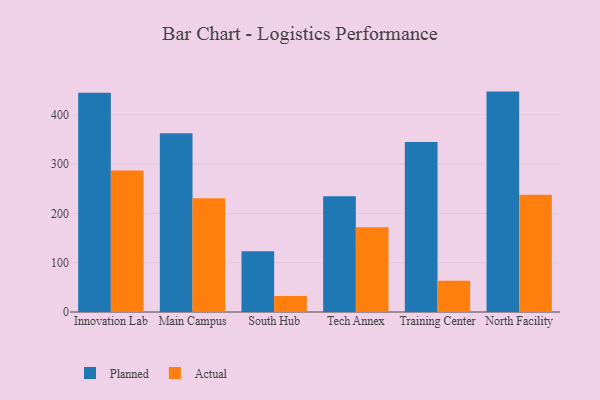
{"axis": {"x": "Campus", "y": "Bounce Rate (%)"}, "legend": ["Actual", "Planned"], "data": [{"x": "Innovation Lab", "y": 444.6, "type": "Planned"}, {"x": "Innovation Lab", "y": 287.0, "type": "Actual"}, {"x": "Main Campus", "y": 362.8, "type": "Planned"}, {"x": "Main Campus", "y": 230.6, "type": "Actual"}, {"x": "South Hub", "y": 123.0, "type": "Planned"}, {"x": "South Hub", "y": 32.7, "type": "Actual"}, {"x": "Tech Annex", "y": 235.0, "type": "Planned"}, {"x": "Tech Annex", "y": 172.0, "type": "Actual"}, {"x": "Training Center", "y": 345.1, "type": "Planned"}, {"x": "Training Center", "y": 63.3, "type": "Actual"}, {"x": "North Facility", "y": 447.1, "type": "Planned"}, {"x": "North Facility", "y": 238.0, "type": "Actual"}]}